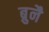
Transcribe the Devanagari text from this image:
ब्रुनै